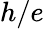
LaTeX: h/e